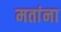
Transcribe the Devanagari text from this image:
मतांना